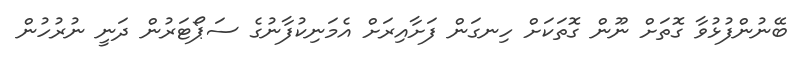
ބޭނުންފުޅުވާ ގޮތަށް ނޫން ގޮތަކަށް ހިނގަން ފަށާއިރަށް އެމަނިކުފާނުގެ ސަޕޯޓަރުން ދަނީ ނުރުހުން